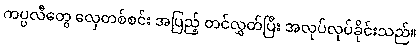
ကပ္ပလီတွေ လှေတစ်စင်း အပြည့် တင်လွှတ်ပြီး အလုပ်လုပ်ခိုင်းသည်။